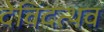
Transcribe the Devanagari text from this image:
देविंदत्थव